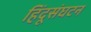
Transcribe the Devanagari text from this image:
हिंदूसंघटन